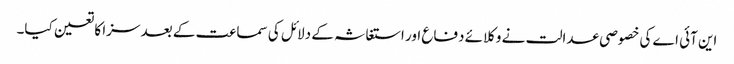
این آئی اے کی خصوصی عدالت نے وکلائے دفاع اور استغاثہ کے دلائل کی سماعت کے بعد سزا کا تعین کیا۔